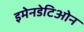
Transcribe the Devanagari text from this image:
इमेनडेटिओन